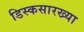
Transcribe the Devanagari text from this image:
डिस्कसारख्या